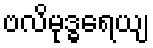
ဗလိမုဒ္ဓရေယျ